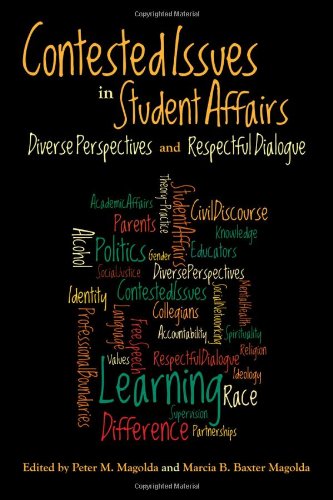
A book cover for Contested Issues in Student Affairs: Diverse Perspectives and Respectful Dialogue; Education & Teaching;